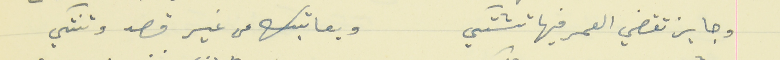
وجايز تقضي العمر فيها تشتكي                                  وبعاتبك من غير قصد وتنتكي